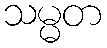
သမ္မတ